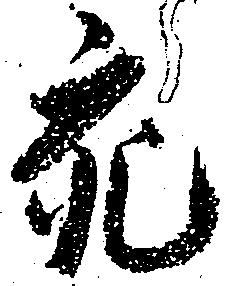
充